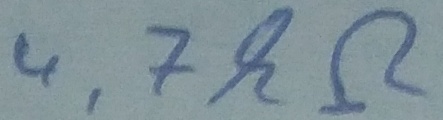
Text: 4,7kΩ